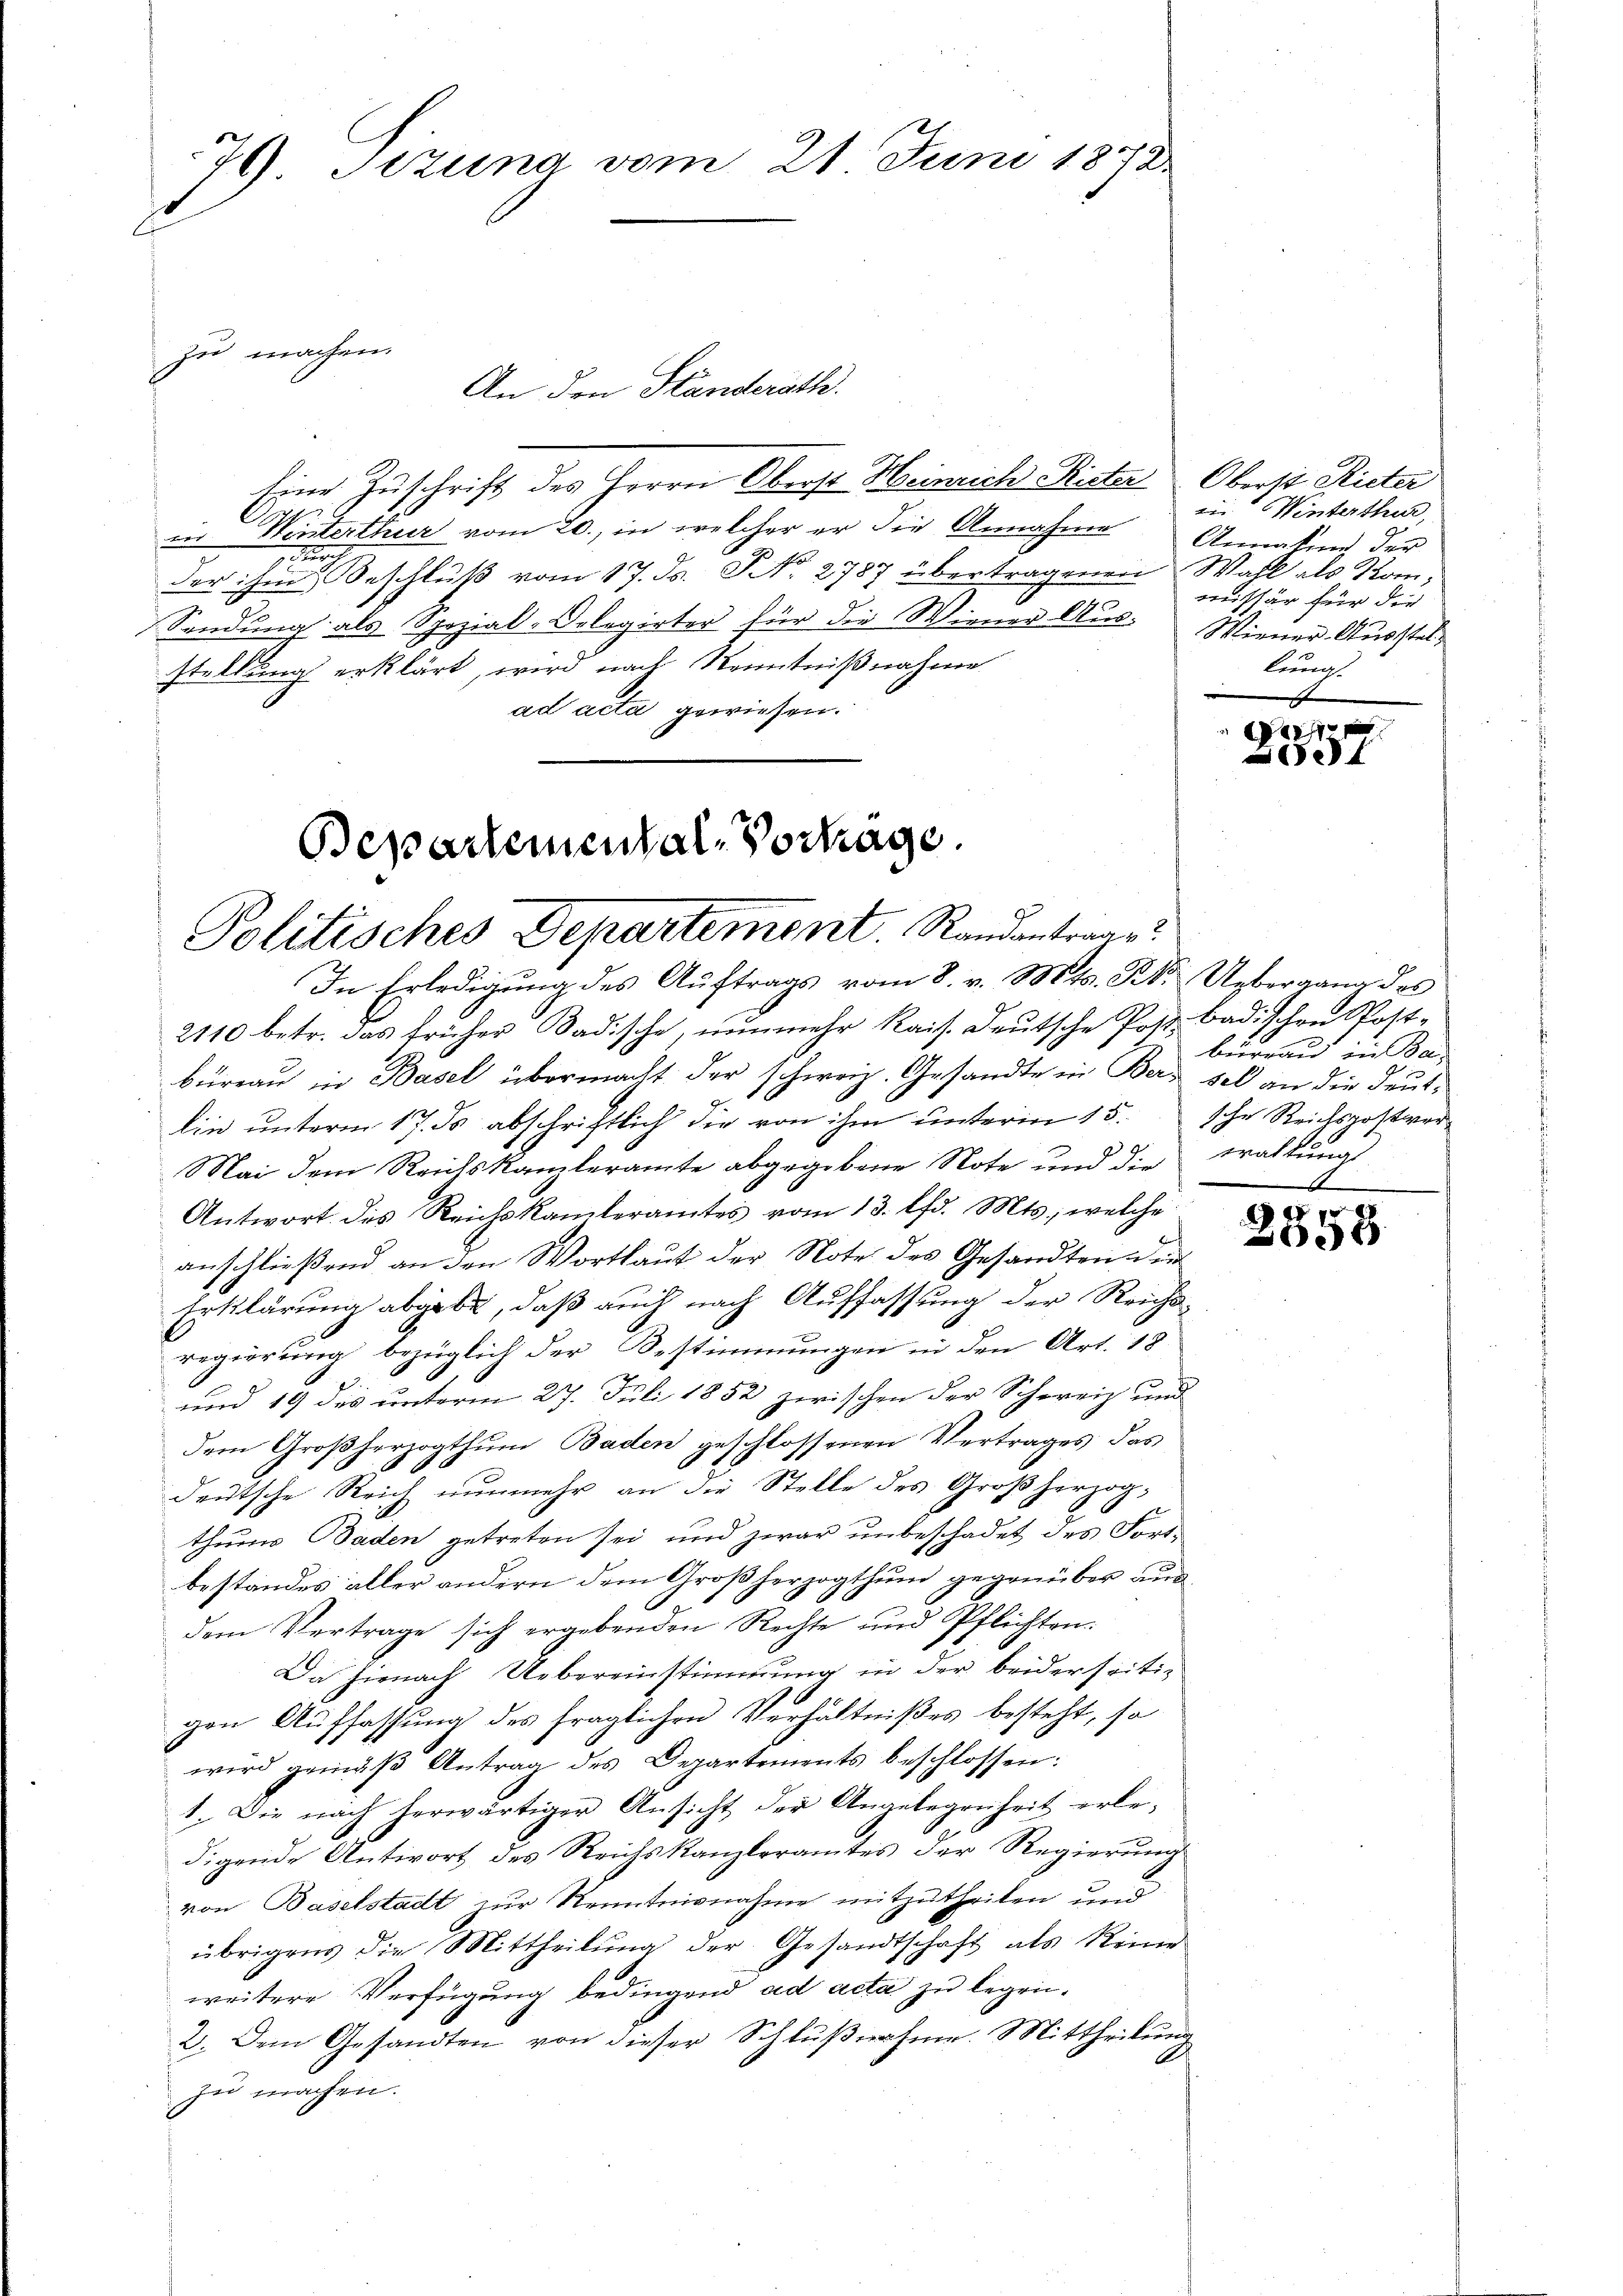
79. Sezung vom 21. Juni 1872

zu machen.
An den Handerath.
Eine Zuschrift des Herrn Oberst Heinrich Rieter
in Winterthur vom 20., in welcher er die Annahme Annahm der
g
.
der ihm Beschluß vom 17. ds. No. 2787 übertragenen
Sendung als Spezial-Delegirter für die Wiener Aus-
stellung erklärt, wird nach Kenntnißnahme
ad acta gewiesen.

Bepartemental-Vortrage.
Politisches Departement. Randantrage?

In Erledigung des Auftrags vom 8. v. Mts. B. Uebergang des
2110 betr. das früher Badische, nunmehr kais. Deutsche Post badischen Postbüreau in Basel übermacht der schweiz. Gesandte in Bern sel an die Deutlin unterm 17. ds abschriftlich die von ihm unterm 15. sche Reichspostver¬
Mai dem Reichskamleramte abgegebene Note und die Trattung
Antwort des Reichskamleramtes vom 13. lfd. Mts., welche
anschließend an den Wortlaut der Note des Gesandten den
Erklärung abgebe, daß auch nach Auffassung der Reichsregierung bezüglich der Bestimmungen in den Art. 18
und 19 des unterm 27. Juli 1852 zwischen der Schweiz und
dem Großherzogthum Baden geschlossenen Vertrages das
deutsche Reich nunmehr an die Stelle des Großherzogthums Baden getreten sei und zwar unbeschadet des Fortbestandes aller andern dem Großherzogthum gegenüber auc
dem Vertrage sich ergebenden Rechte und Pflichten.
Da hienach Uebereinstimmung in der beiderseitig
gen Auffassung des fraglichen Verhältnißes besteht, so
wird gemäβ Antrag des Departements beschlossen:
1. Die nach herwärtiger Ansicht der Angelegenheit erledigende Antwort des Reichskanzleramtes der Regierŭng
von Baselstadt zur Kenntnisnahme mitzutheilen und
übrigens die Mittheilŭng der Gesandtschaft als Reine
weitere Verfügung bedingend ad acta zu legen.
2. Dem Gesandten von dieser Schlußnahme. Mittheilung
zu machen.

Oberst Rieter
iin Winterthur,
Wahl als Kommissär für die
Wiener Ausstellung.

11 f 0
e

büreau in Be-

d
2558